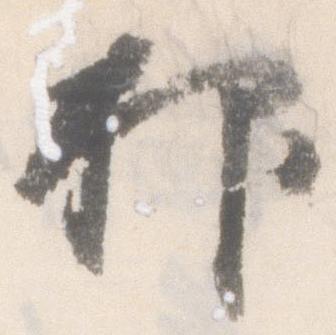
抑